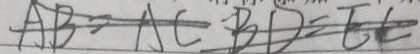
A B = A C B D = E C